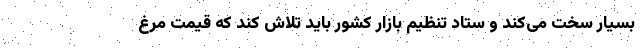
بسیار سخت می‌کند و ستاد تنظیم بازار کشور باید تلاش کند که قیمت مرغ